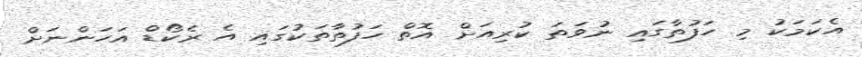
އެކަމަކު މި ހަފުތާގައި ނުވަތަ ކުރިއަށް އޮތް ހަފުތާތަކުގައި އެ ރެކޯޑް އަހަންނަށް